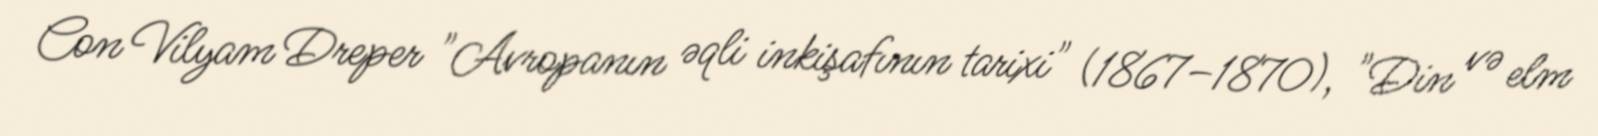
Con Vilyam Dreper "Avropanın əqli inkişafının tarixi" (1867–1870), "Din və elm